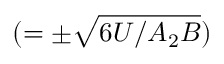
( = \pm \sqrt { 6 U / A _ { 2 } B } )